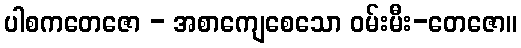
ပါစကတေဇော - အစာကျေစေသော ဝမ်းမီး-တေဇော။